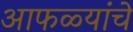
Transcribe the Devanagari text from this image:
आफळ्यांचे